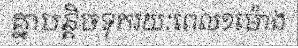
គ្នាបន្តិចទុករយៈពេល១ម៉ោង